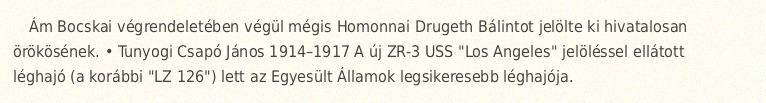
Ám Bocskai végrendeletében végül mégis Homonnai Drugeth Bálintot jelölte ki hivatalosan örökösének. • Tunyogi Csapó János 1914–1917 A új ZR-3 USS "Los Angeles" jelöléssel ellátott léghajó (a korábbi "LZ 126") lett az Egyesült Államok legsikeresebb léghajója.